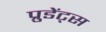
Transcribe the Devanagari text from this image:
प्रुडेंट्स